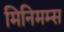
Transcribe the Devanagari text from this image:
मिनिमम्स